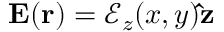
\mathbf { E } ( \mathbf { r } ) = \mathcal { E } _ { z } ( x , y ) \mathbf { \hat { z } }